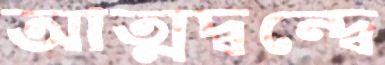
আত্মদ্বন্দ্বে